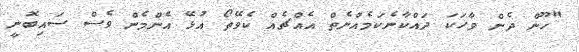
"ހޫން ދެން ވާހަކަ ދައްކާނެކަމެއްނެތް އެއްޗެއް ކެވޭތޯ އުޅޭ އެންމެން ވެސް ސައިބޮނީ